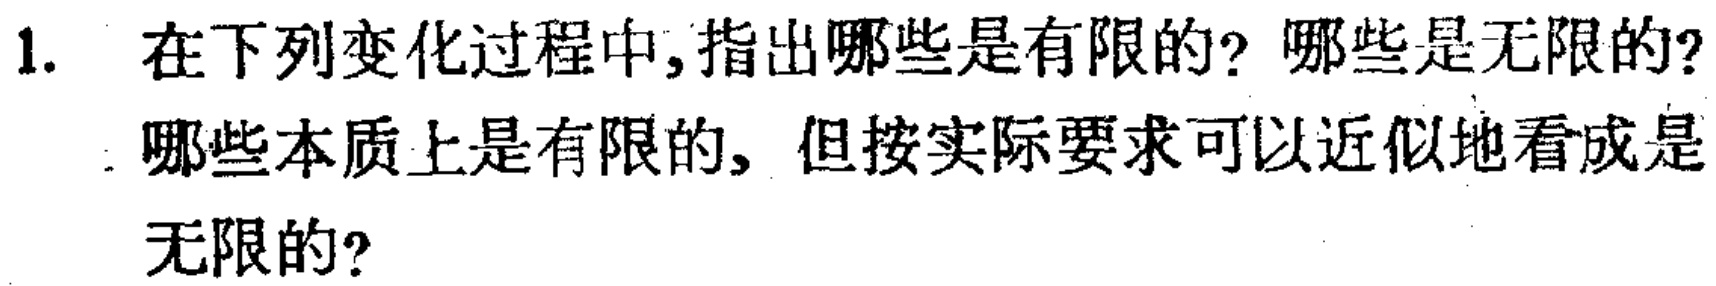
1. 在下列变化过程中,指出哪些是有限的? 哪些是无限的? 哪些本质上是有限的, 但按实际要求可以近似地看成是无限的?